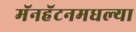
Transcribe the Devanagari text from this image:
मॅनहॅटनमधल्या